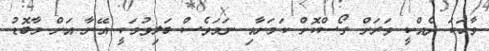
ވާހަކަ ދެއްކީ ވަރަށް ގޯސްކޮށް ކަމަށާއި ނަމަވެސް ބަލިވުމަކީ އޭނާ އަށް މާބޮޑު